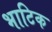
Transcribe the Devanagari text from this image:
भाटिक